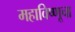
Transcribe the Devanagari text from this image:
महाविष्णूचा